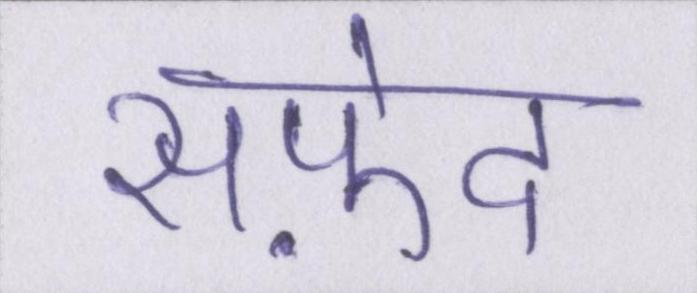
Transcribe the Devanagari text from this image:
सफ़ेद